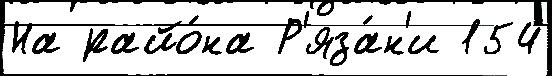
На райо́на Р'яза́н'и 154